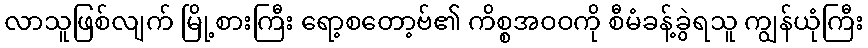
လာသူဖြစ်လျက် မြို့စားကြီး ရော့စတော့ဗ်၏ ကိစ္စအဝဝကို စီမံခန့်ခွဲရသူ ကျွန်ယုံကြီး